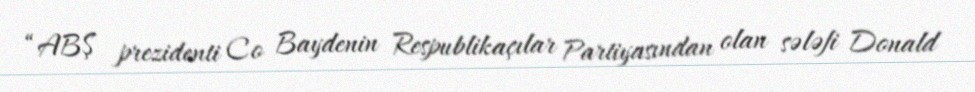
“ABŞ prezidenti Co Baydenin Respublikaçılar Partiyasından olan sələfi Donald